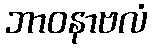
ဘာဝနာဗလံ